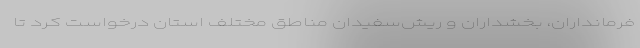
فرمانداران، بخشداران و ریش‌سفیدان مناطق مختلف استان درخواست کرد تا